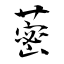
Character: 蔤